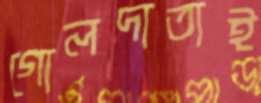
গোলদাতাই